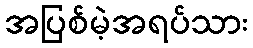
အပြစ်မဲ့အရပ်သား